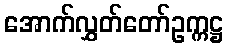
အောက်လွှတ်တော်ဥက္ကဋ္ဌ